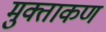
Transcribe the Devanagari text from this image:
मुक्ताकण